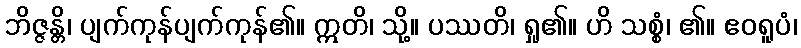
ဘိဇ္ဇန္တိ၊ ပျက်ကုန်ပျက်ကုန်၏။ ဣတိ၊ သို့။ ပဿတိ၊ ရှု၏။ ဟိ သစ္စံ၊ ၏။ ဧဝရူပံ၊